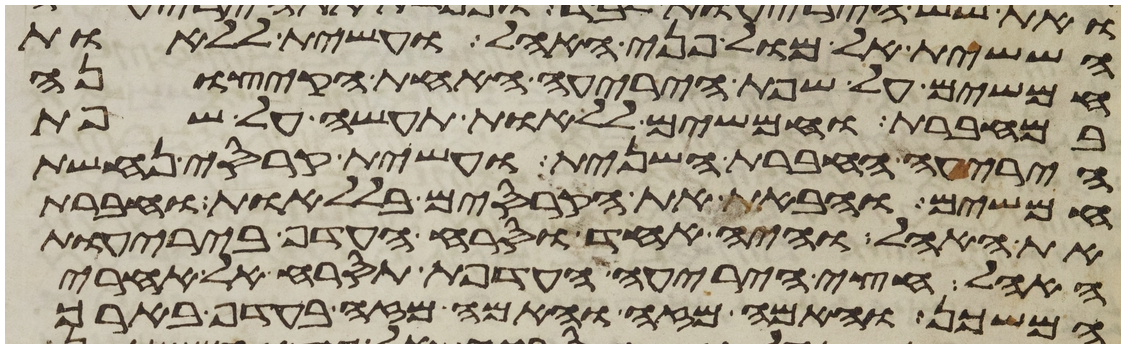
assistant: הששית אל מול פני האהל ועשית ללאות
חמשים על שפת היריעה האחת הקצונה
במחברת וחמשים ללאות תעשה על שפת
היריעה החברת השנית ועשית קרסי נחשת
חמשים והבאת את הקרסים בללאות וחברת
את האהל והיה אחד וסרח העדף ביריעות
האהל חצי היריעה העדפת תסרח אל אחרי
המשכן והאמה מזה והאמה מזה בעדף בארך